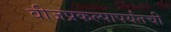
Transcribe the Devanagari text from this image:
वीजप्रकल्पापर्यंतची